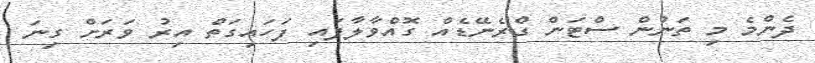
ދެންމެ މި ތަނުން ސްޓަން ގްރެނޭޑެއް ގޮއްވާލާފައި ފަހައިގަތް އިރު ވަރަށް ގިނަ